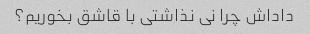
داداش چرا نی نذاشتی با قاشق بخوریم؟